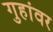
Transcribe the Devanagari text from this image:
गुहांवर